Vaccination United Provinces of Agra and Oudh 1902-1913 - 1902-1913
Year: 1902
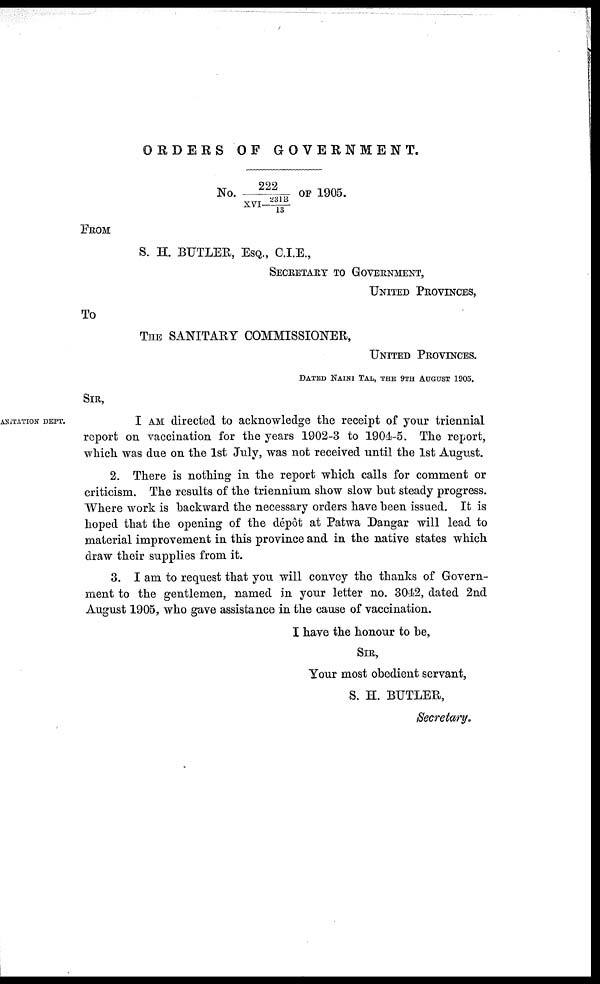
ORDERS
OF
GOVERNMENT.
No. 222/XVI-231B/13 OF 1905.
FROM
S. H. BUTLER, ESQ., C.I.E.,
SECRETARY TO GOVERNMENT,
UNITED PROVINCES,
To
THE SANITARY COMMISSIONER,
UNITED PROVINCES.
DATED NAINI TAL, THE 9TH AUGUST 1905.
SIR,
ANITATION DEPT.
I AM directed to acknowledge the receipt of your triennial
report on vaccination for the years 1902-3 to 1904-5. The report,
which was due on the 1st July, was not received until the 1st August.
2. There is nothing in the report which calls for comment or
criticism. The results of the triennium show slow but steady progress.
Where work is backward the necessary orders have been issued. It is
hoped that the opening of the depôt at Patwa Dangar will lead to
material improvement in this province and in the native states which
draw their supplies from it.
3. I am to request that you will convey the thanks of Govern-
ment to the gentlemen, named in your letter no. 3042, dated 2nd
August 1905, who gave assistance in the cause of vaccination.
I have the honour to be,
SIR,
Your most obedient servant,
S. H. BUTLER,
Secretary.